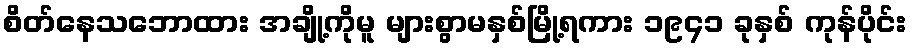
စိတ်နေသဘောထား အချို့ကိုမူ များစွာမနှစ်မြို့ရကား ၁၉၄၁ ခုနှစ် ကုန်ပိုင်း